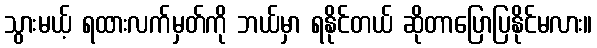
သွားမယ့် ရထားလက်မှတ်ကို ဘယ်မှာ ရနိုင်တယ် ဆိုတာပြောပြနိုင်မလား။